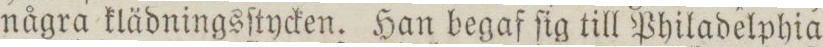
några klädningsſtycken. Han begaf ſig till Philadelphia